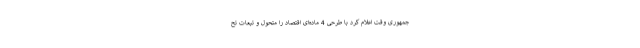
جمهوری وقت اعلام کرد با طرحی 4 ماده‌ای اقتصاد را متحول و تبعات تح